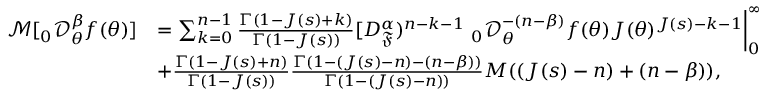
\begin{array} { r l } { \mathcal { M } [ _ { 0 } \mathcal { D } _ { \theta } ^ { \beta } f ( \theta ) ] } & { = \sum _ { k = 0 } ^ { n - 1 } \frac { \Gamma ( 1 - J ( s ) + k ) } { \Gamma ( 1 - J ( s ) ) } [ D _ { \mathfrak { F } } ^ { \alpha } ) ^ { n - k - 1 } ~ _ { 0 } \mathcal { D } _ { \theta } ^ { - ( n - \beta ) } f ( \theta ) J ( \theta ) ^ { J ( s ) - k - 1 } \bigg | _ { 0 } ^ { \infty } } \\ & { + \frac { \Gamma ( 1 - J ( s ) + n ) } { \Gamma ( 1 - J ( s ) ) } \frac { \Gamma ( 1 - ( J ( s ) - n ) - ( n - \beta ) ) } { \Gamma ( 1 - ( J ( s ) - n ) ) } M ( ( J ( s ) - n ) + ( n - \beta ) ) , } \end{array}